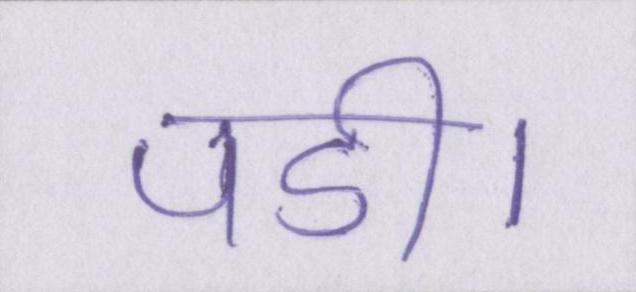
पडी।